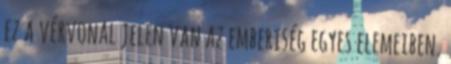
ez a vérvonal jelen van az emberiség egyes elemeiben.